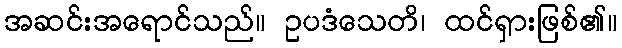
အဆင်းအရောင်သည်။ ဥပဒံသေတိ၊ ထင်ရှားဖြစ်၏။